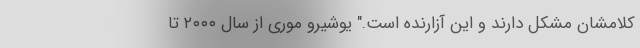
کلامشان مشکل دارند و این آزارنده است." یوشیرو موری از سال ۲۰۰۰ تا